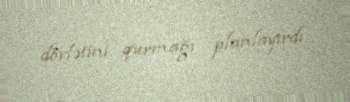
dövlətini qurmağı planlayırdı.